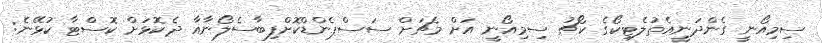
ސިމިއޯނީ ގެންދަނީއެތުލެޓިކޯގެ ކޯޗު ސިމިއޯނީ އަށް މެޗަށް ސަސްޕެންޑްކޮށްފިބާސެލޯނާއާ ދެކޮޅަށް ކޮސްޓާ ކުޅޭނެ: